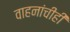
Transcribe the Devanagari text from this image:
वाहनांचीही